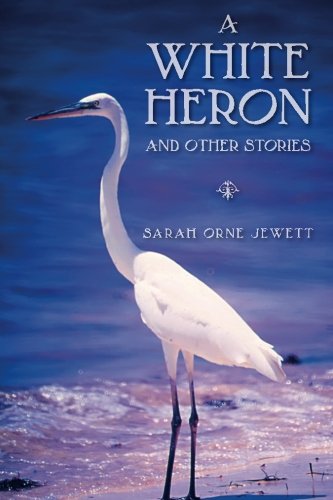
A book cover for A White Heron and Other Stories; Sarah Orne Jewett; Christian Books & Bibles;